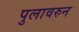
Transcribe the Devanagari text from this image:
पुलावरुन